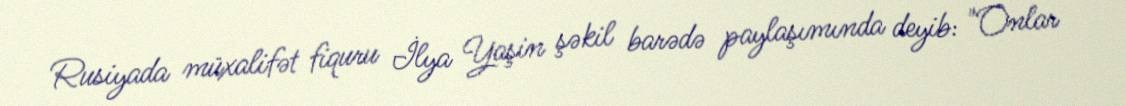
Rusiyada müxalifət fiquru İlya Yaşin şəkil barədə paylaşımında deyib: "Onlar